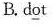
B.d\underline{o}t